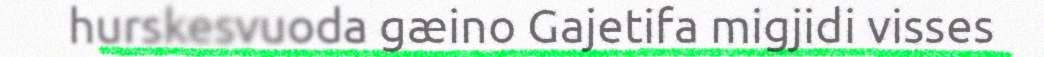
hurskesvuoda gæino Gajetifa migjidi visses